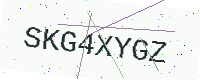
Text: SKG4XYGZ